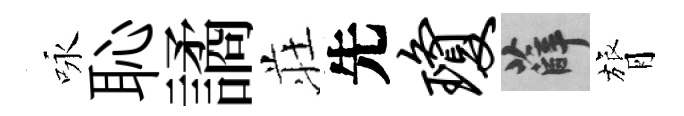
咏恥譎荘先琼薛膂